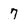
Character: 7